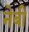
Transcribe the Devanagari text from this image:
नेबी